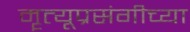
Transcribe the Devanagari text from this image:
मॄत्यूप्रसंगीच्या